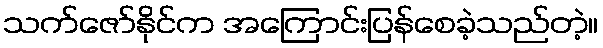
သက်ဇော်နိုင်က အကြောင်းပြန်စေခဲ့သည်တဲ့။